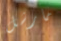
مارشل